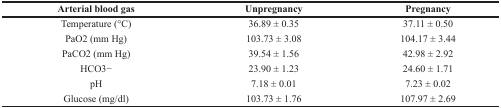
| Arterial blood gas | Unpregnancy | Pregnancy |
 | --- | --- | --- |
 | Temperature (°C) | 36.89 ± 0.35 | 37.11 ± 0.50 |
 | PaO2 (mm Hg) | 103.73 ± 3.08 | 104.17 ± 3.44 |
 | PaCO2 (mm Hg) | 39.54 ± 1.56 | 42.98 ± 2.92 |
 | HCO3− | 23.90 ± 1.23 | 24.60 ± 1.71 |
 | pH | 7.18 ± 0.01 | 7.23 ± 0.02 |
 | Glucose (mg/dl) | 103.73 ± 1.76 | 107.97 ± 2.69 |